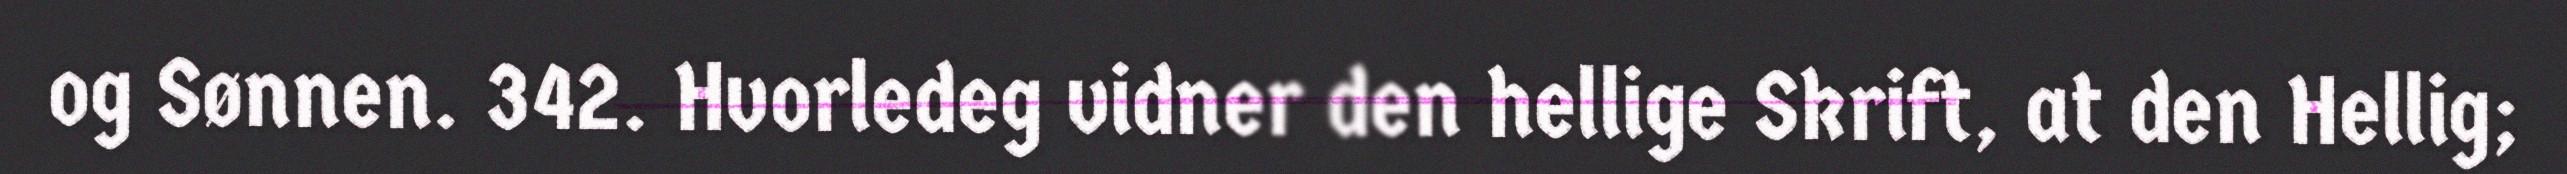
og Sønnen. 342. Hvorledeg vidner den hellige Skrift, at den Hellig;